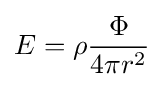
E=\rho {\frac {\Phi }{4\pi r^{2}}}